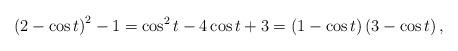
LaTeX: \begin{align*}\left( 2 - \cos{t} \right)^2 - 1 =\cos^2{t} - 4 \cos{t} + 3 =\left( 1 - \cos{t} \right)\left( 3 - \cos{t} \right),\end{align*}